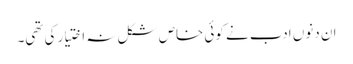
ان دنوں ادب نے کوئی خاص شکل نہ اختیار کی تھی۔